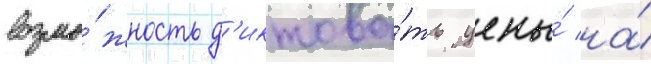
возмо́жность д'иктова́ть цены́ на́